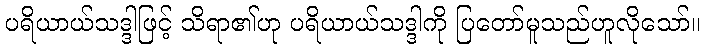
ပရိယာယ်သဒ္ဒါဖြင့် သိရာ၏ဟု ပရိယာယ်သဒ္ဒါကို ပြတော်မူသည်ဟူလိုသော်။